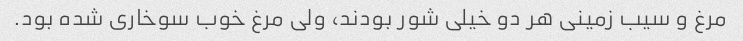
مرغ و سیب زمینی هر دو خیلی شور بودند، ولی مرغ خوب سوخاری شده بود.